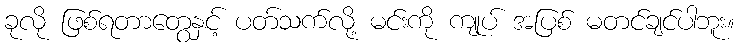
ခုလို ဖြစ်ရတာတွေနှင့် ပတ်သက်လို့ မင်းကို ကျုပ် အပြစ် မတင်ချင်ပါဘူး။